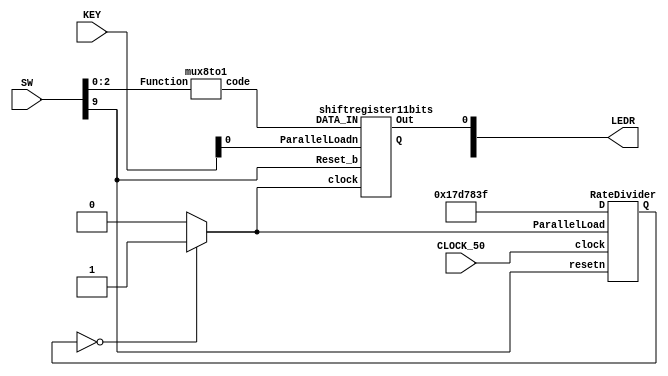
`timescale 1ns / 1ns // `timescale time_unit/time_precision

//if reset = 1, everything resets
//if KEY0 = 0 (pressed down), Parallel load should be 1 - everything loads
module morseCodeEncoder(input [9:0]SW, input CLOCK_50, input [1:0]KEY, output [9:0]LEDR);
	wire [10:0]code, Shiftout;
	wire [27:0] Rate, Q;
	wire countDownDone;

	assign Rate = 28'b01011111010111100000111111;
	mux8to1 B0 (SW[2:0], code[10:0]);
	RateDivider B1 (CLOCK_50, countDownDone, Rate, SW[9], Q);
	assign countDownDone = (28'b0000000000000000000000000000 == Q) ? 1 : 0;

	shiftregister11bits B2 (KEY[0], countDownDone, code[10:0], SW[9], Shiftout[10:0], LEDR[0]);


endmodule

module RateDivider(input clock, input ParallelLoad, input [27:0]D, input resetn, output reg [27:0]Q);
	always @ (posedge clock)
	begin
		if (ParallelLoad == 1'b1)
			Q <= D;
	    else if (resetn)
	       Q <= D;
		else
			Q <= Q-1;
	end
endmodule

module mux8to1 (input [2:0] Function, output reg [10:0]code);
	always @(*)
	begin
		case(Function)
			0: code = 11'b10111000000; //A
			1: code = 11'b11101010100; //B
			2: code = 11'b11101011101; //C
			3: code = 11'b11101010000; //D
			4: code = 11'b10000000000; //E
			5: code = 11'b10101110100; //F
			6: code = 11'b11101110100; //G
			7: code = 11'b10101010000; //H
			default: code = 11'b00000000000; //whatever
		endcase
	end
endmodule



module shiftregister11bits (input ParallelLoadn, input clock, input [10:0]DATA_IN, input Reset_b, output reg [10:0]Q, output reg Out);
	always @(posedge clock, negedge ParallelLoadn)
	begin
		if (ParallelLoadn == 0)
			Q <= DATA_IN;
		else if(Reset_b == 1'b1)
			Q <= 11'b00000000000;

		else
			begin
				Out <= Q[10];
				Q <= Q << 1'b1;
			end
	end
endmodule


module ShiftRegSubCircuit (input leftLoad, input Datain, input loadn, input clock, input reset, output Q);
	wire dataToDff;
	mux2to1 M1 (leftLoad, Datain, loadn, DataToDff);
	Dflipflop D0 (DataToDff, clock, reset, Q);
endmodule

module Dflipflop (input d, input Clock, input Reset_b, output reg q);
	always @(posedge Clock)
	begin
		if (Reset_b == 1'b1)
			q <= 0;
		else
			q <= d;
	end

endmodule

module mux2to1(x, y, s, m);
    input x; //select 0
    input y; //select 1
    input s; //select signal
    output m; //output

    assign m = (~s & x) | (s & y);

endmodule